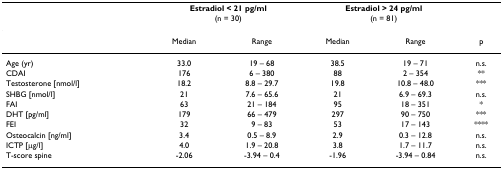
|  | <COLSPAN=2> Estradiol < 21 pg/ml | <COLSPAN=2> Estradiol > 24 pg/ml |  |
 |  | <COLSPAN=2> (n = 30) | <COLSPAN=2> (n = 81) |  |
 | --- | --- | --- | --- | --- | --- |
 |  | Median | Range | Median | Range | p |
 | Age (yr) | 33.0 | 19 – 68 | 38.5 | 19 – 71 | n.s. |
 | CDAI | 176 | 6 – 380 | 88 | 2 – 354 | ** |
 | Testosterone [nmol/l] | 18.2 | 8.8 – 29.7 | 19.8 | 10.8 – 48.0 | *** |
 | SHBG [nmol/l] | 21 | 7.6 – 65.6 | 21 | 6.9 – 69.3 | n.s. |
 | FAI | 63 | 21 – 184 | 95 | 18 – 351 | * |
 | DHT [pg/ml] | 179 | 66 – 479 | 297 | 90 – 750 | *** |
 | FEI | 32 | 9 – 83 | 53 | 17 – 143 | **** |
 | Osteocalcin [ng/ml] | 3.4 | 0.5 – 8.9 | 2.9 | 0.3 – 12.8 | n.s. |
 | ICTP [μg/l] | 4.0 | 1.9 – 20.8 | 3.8 | 1.7 – 11.7 | n.s. |
 | T-score spine | -2.06 | -3.94 – 0.4 | -1.96 | -3.94 – 0.84 | n.s. |